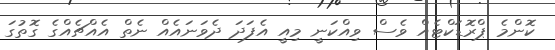
ކޮންމެ ޕްރޮޑަކްޓެއް ވެސް ވިއްކަނީ މިއީ އެފަދަ ދެވަނައެއް ނެތް އެއްޗެއްގެ ގޮތުގަ